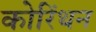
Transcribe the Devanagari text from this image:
कोरिंथन